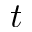
t